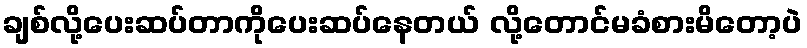
ချစ်လို့ပေးဆပ်တာကိုပေးဆပ်နေတယ် လို့တောင်မခံစားမိတော့ပဲ